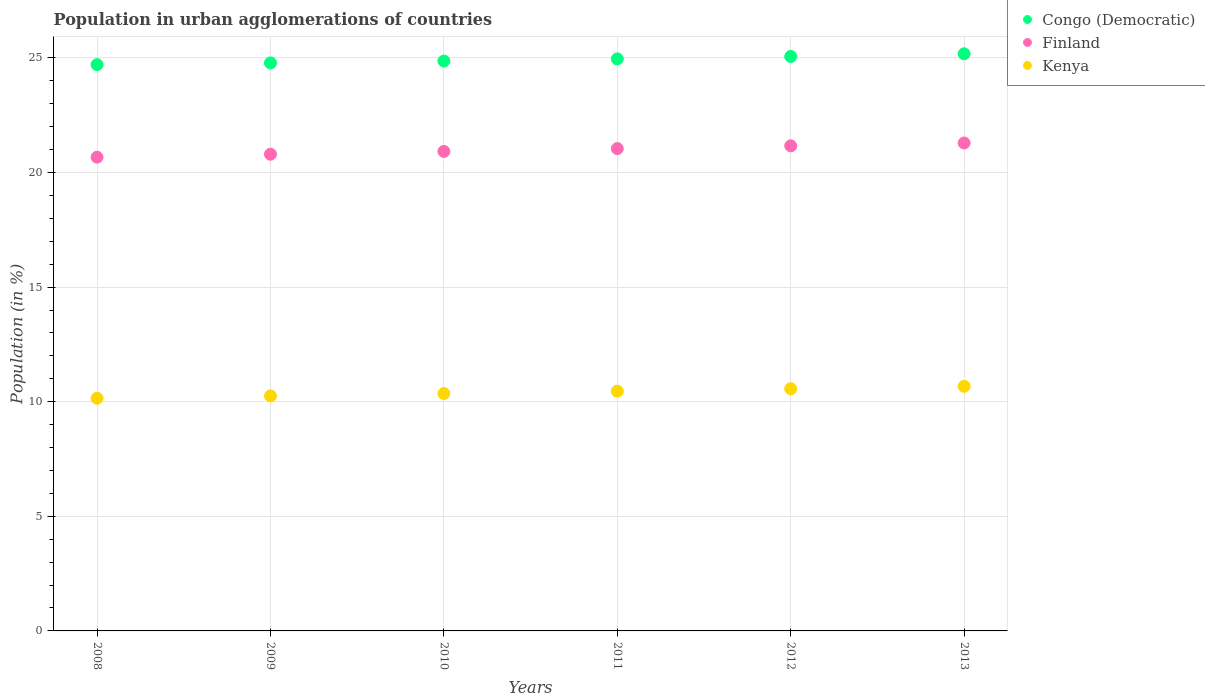
| Years | Congo (Democratic) | Finland | Kenya |
 | --- | --- | --- | --- |
 | 2008 | 24.7 | 20.7 | 10.2 |
 | 2009 | 24.8 | 20.8 | 10.3 |
 | 2010 | 24.9 | 20.9 | 10.4 |
 | 2011 | 25 | 21 | 10.5 |
 | 2012 | 25.1 | 21.2 | 10.6 |
 | 2013 | 25.2 | 21.3 | 10.7 |